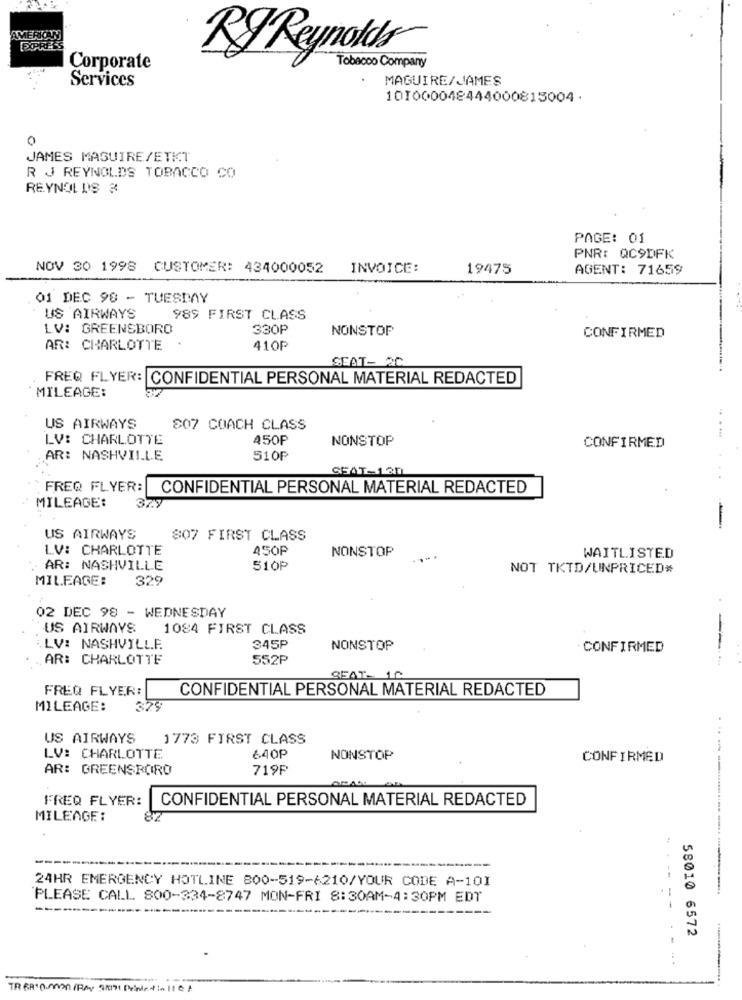
RJ Reynolds
Tobacco Company
Corporate
MAGUIRE/JAMES
Services
101000048444000815004.
JAMES MAGUIRE/ETKT
R J REYNOLDS TOBACCO CO
REYNOLDS &
PAGE: 01
PNR: QC9DFK
NOV 30 1998 CUSTOMER: 434000052
INVOICE:
19475
AGENT: 71659
01 DEC 98 - TUESDAY
US AIRWAYS
989 FIRST CLASS
LV: GREENSBORO
330P
NONSTOP
CONFIRMED
AR: CHARLOTTE
410₽
SEAT- 2C
FREQ FLYER: CONFIDENTIAL PERSONAL MATERIAL REDACTED
MILEAGE:
US AIRWAYS
807 COACH CLASS
LV: CHARLOTTE
450P
NONSTOP
. . ...
CONFIRMED
AR: NASHVILLE
510P
CEAT-130
..
`FREQ FLYER:
CONFIDENTIAL PERSONAL MATERIAL REDACTED
MILEAGE:
37.4
US AIRWAYS
807 FIRST CLASS
LV: CHARLOTTE
450P
NONSTOP
WAITLISTED
. AR: NASHVILLE
510₽
NOT TKTD/UNPRICED#
MILEAGE:
329
02 DEC 98 - WEDNESDAY
US AIRWAYS
1084 FIRST CLASS
.. LV: NASHVILLE
345P
NONSTOP
CONFIRMED
AR: CHARLOTTE
552P
SEAT- 10
FREQ FLYER:
CONFIDENTIAL PERSONAL MATERIAL REDACTED
MILEAGE:
329
US AIRWAYS
1773 FIRST CLASS
LV: CHARLOTTE
640P
NONSTOP
CONFIRMED
AR: GREENSBORO
719P
00
FREQ FLYER:
CONFIDENTIAL PERSONAL MATERIAL REDACTED
MILEAGE:
82
24HR EMERGENCY HOTLINE 800-519-6210/YOUR CODE A-101
PLEASE CALL 800-334-8747 MON-FRI 8:30AM-4:30PM EDT
--
58010 6572
TA GR+ D.man /Ray 91171 Printed :alte )